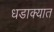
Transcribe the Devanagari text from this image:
धडाक्‍यात